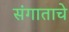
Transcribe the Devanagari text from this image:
संगाताचे